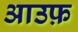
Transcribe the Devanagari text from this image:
आउफ़